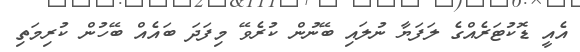
އެއީ ޑޮކުޓަރެއްގެ ލަފަޔާ ނުލައި ބޭނުން ކުރެވޭ މިފަދަ ބައެއް ބޭހުން ކުރިމަތި